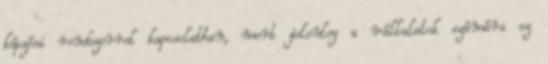
képzési rendszerrel kapcsolatban, mert jelenleg a vállalatok számára ez